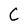
Character: C